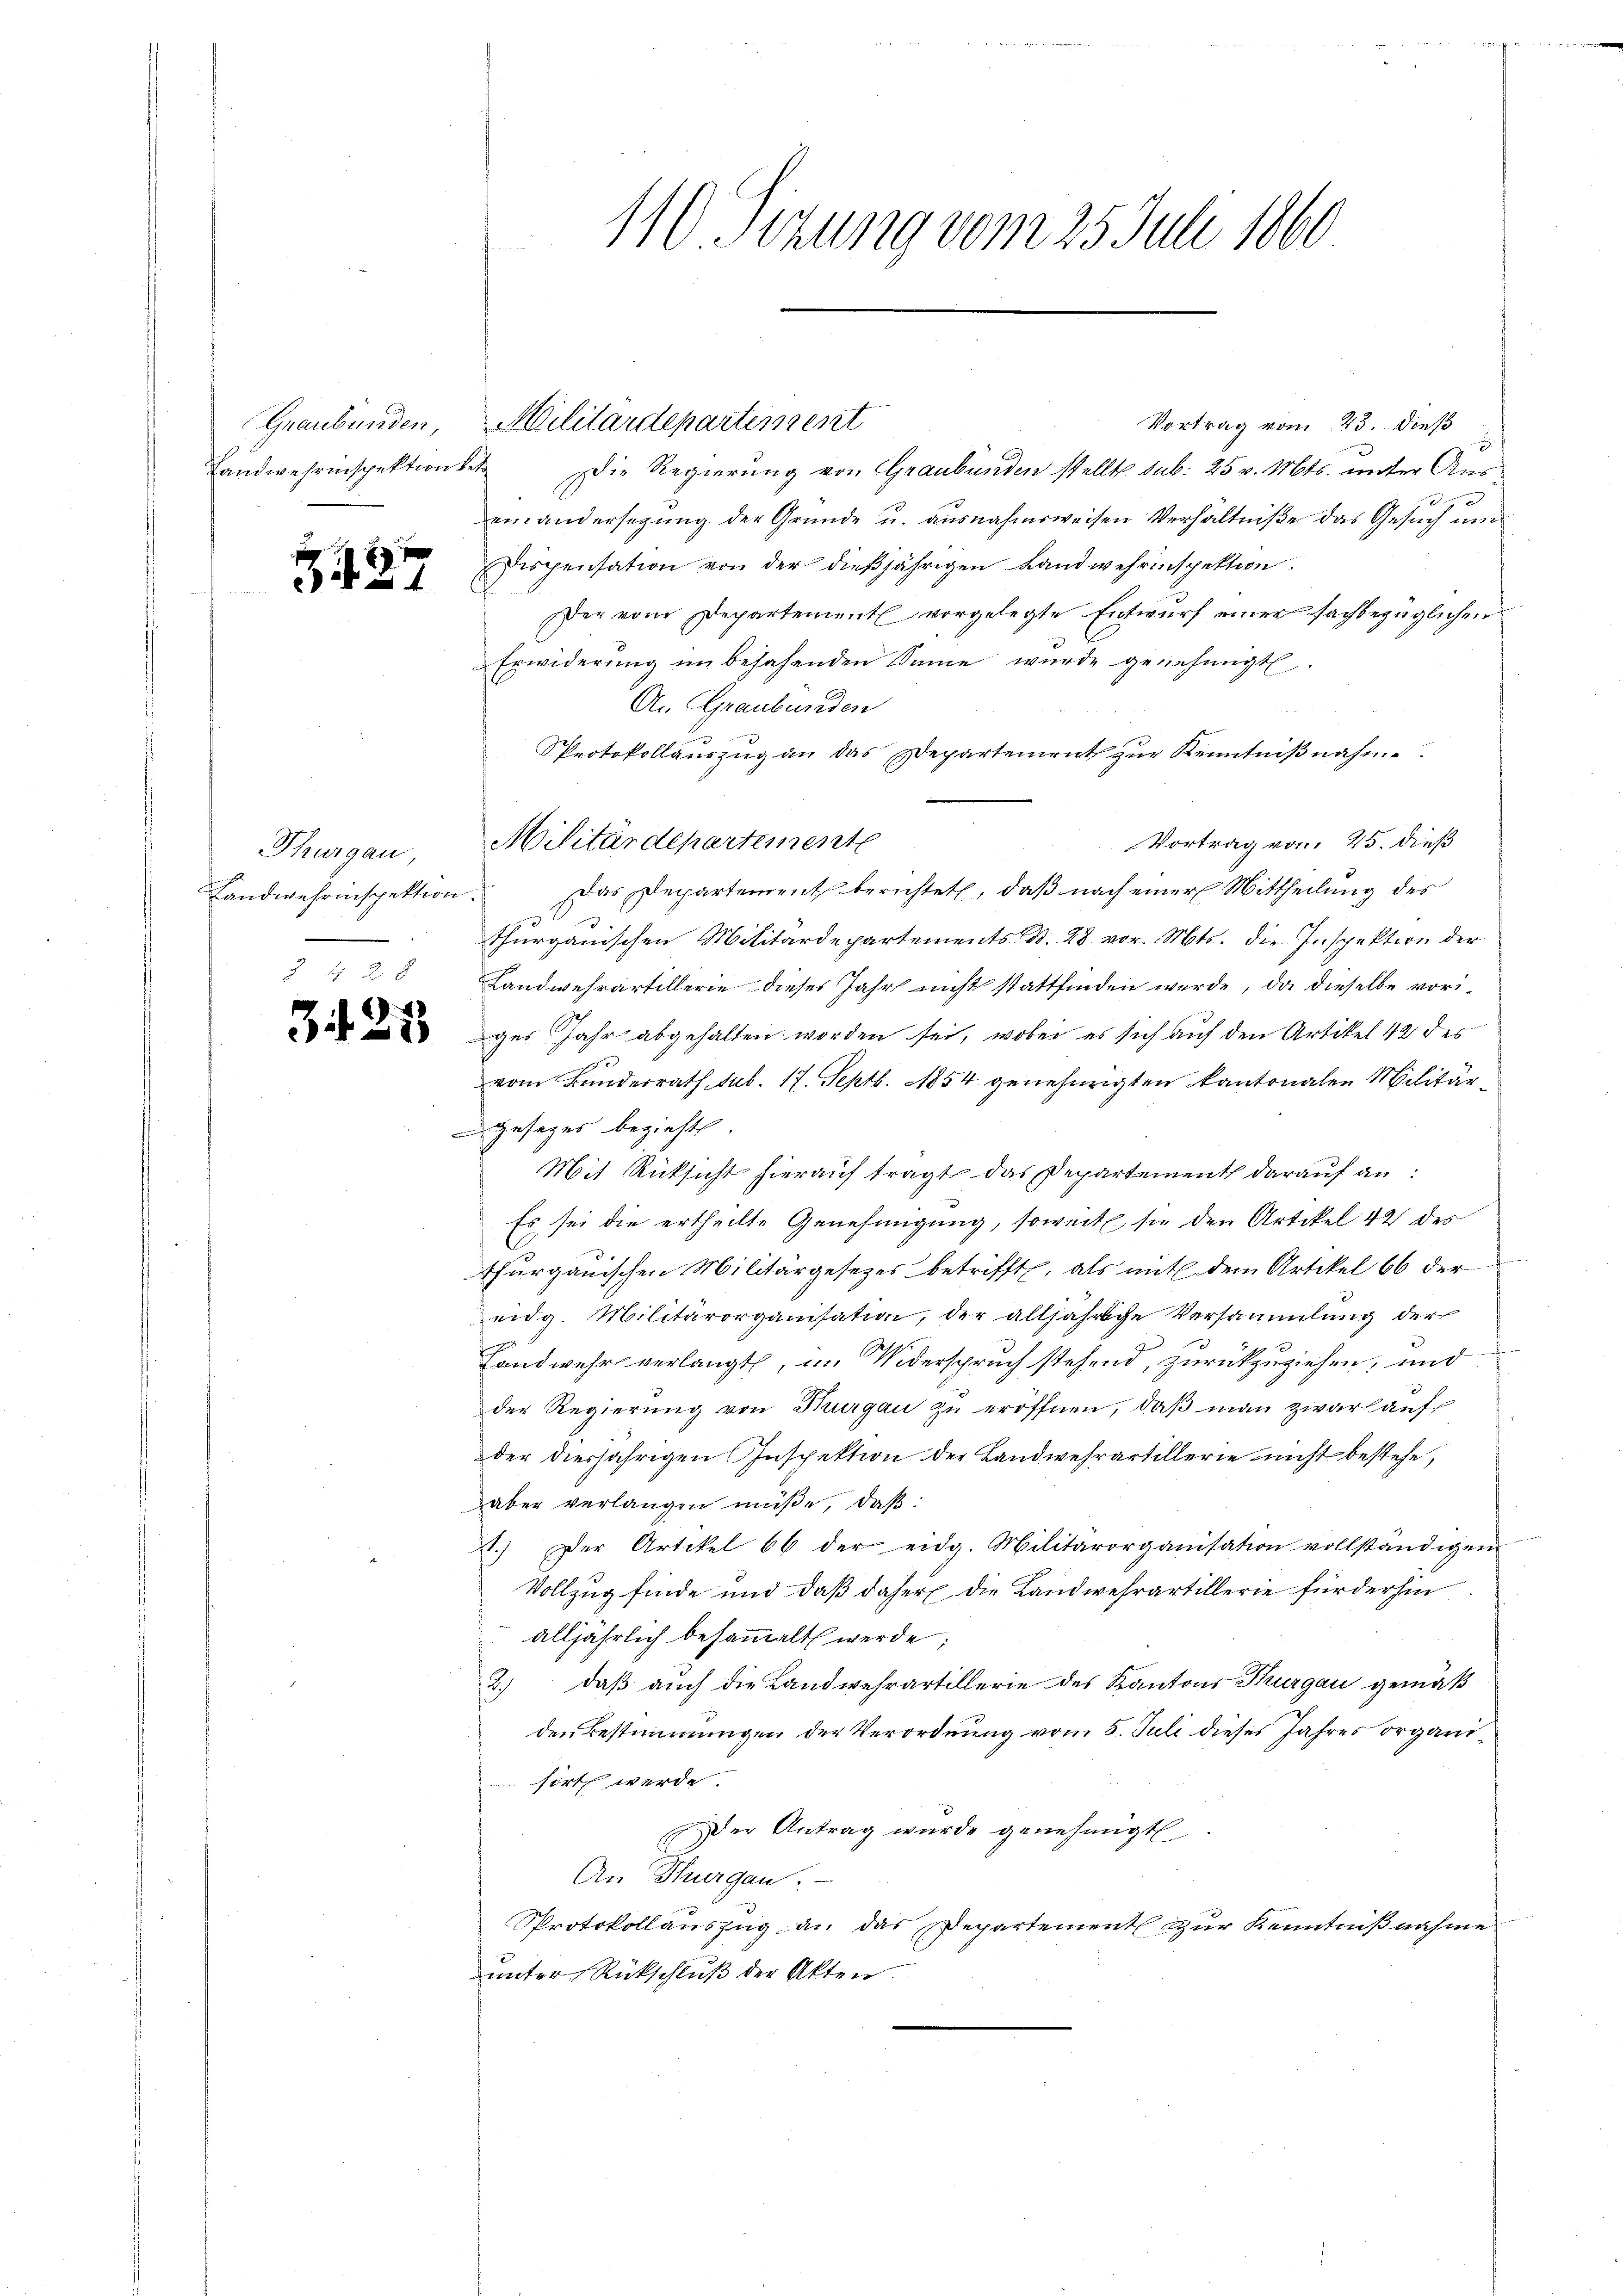
Graubünden,
Landwehrinspektion betr

34. 37

Thurgau,
.

3425

110. Sizung vom 25. Juli 1860

Vortrag vom 23. dieß
Die Regierung von Graubünden stellt sub. 25 v. Mts. unter Auseinandersezung der Gründe u. ausnahmsweisen Verhältniße das Gesuch um
Dispensation von der dießjährigen Landwehrinspektion
Der vom Departement vorgelegte Entwurf einer sachbezüglichen
Erwiderung im besahenden Sinne wurde genehmigt.
An Graubünden
Sprotokollauszug an das Departement zur Kenntniβnahm
Vortrag vom 25. dieß
Landwehrinspektion. Das Departement berichtet, daß nach einer Mittheilung des
thurgauischen Militärdepartements d. 28. vor. Mts. die Inspektion der
Landwehrartillerie dieses Jahr nicht stattfinden werde, da dieselbe voriges Jahr abgehalten worden sei, wobei es sich auf den Artikel 42 des
vom Bundesrath sub. 17. Septb. 1854 genehmigten Kantonalen Militärgesezes bezieht
Mit Rücksicht hierauf tragt das Departement darauf an:
Es sei die ertheilte Genehmigung, soweite sie den Artikel 42 des
thurgauischen Militärgesezes betrifft, als mit dem Artikel 66 der
eidg. Militärorganisation, der alljährliche Versammlung der
Landwehr verlangt, im Widerspruch stehend, zurückzuziehen, und
der Regierung von Thurgau zu eröffnen, daß man zwar auf
der diesjährigen Inspektion der Landwehrartillerie nicht bestehe,
aber verlangen müße, daß:
1.) Der Artikel 66 der eidg. Militärorganisation vollständigen
Vollzug finde und daß daher die Landwehrartillerie für der hin
alljährlich besammelt werde;
2.) daß auch die Landwehrartillerie des Kantons Thurgau gemäß
den Bestimmungen der Verordnung vom 5. Juli dieses Jahres organisirt werde.
der Antrag wurde genehmigt
An Thurgau.
protokollauszug an das Departement zur Kenntnißnahme
unter Rückschluß der Akten.

Militärdepartement

Militärdepartement